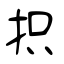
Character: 抧